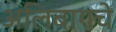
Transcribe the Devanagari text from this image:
अलिबागचे